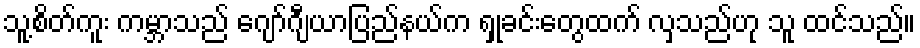
သူ့စိတ်ကူး ကမ္ဘာသည် ဂျော်ဂျီယာပြည်နယ်က ရှုခင်းတွေထက် လှသည်ဟု သူ ထင်သည်။